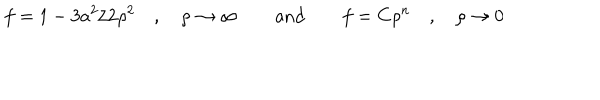
f = 1 - 3 a ^ { 2 } / 2 \rho ^ { 2 } \quad , \quad \rho \rightarrow \infty \quad \quad \mathrm { a n d } \quad \quad f = C \rho ^ { n } \quad , \quad \rho \rightarrow 0